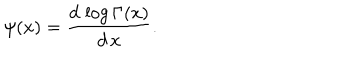
\psi ( x ) = \frac { d \, \log \Gamma ( x ) } { d \, x } .